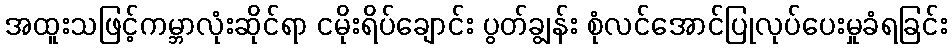
အထူးသဖြင့်ကမ္ဘာလုံးဆိုင်ရာ ငမိုးရိပ်ချောင်း ပွတ်ချွန်း စုံလင်အောင်ပြုလုပ်ပေးမှုခံရခြင်း